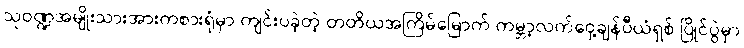
သုဝဏ္ဍအမျိုးသားအားကစားရုံမှာ ကျင်းပခဲ့တဲ့ တတိယအကြိမ်မြောက် ကမ္ဘာ့လက်ဝှေ့ချန်ပီယံရှစ် ပြိုင်ပွဲမှာ